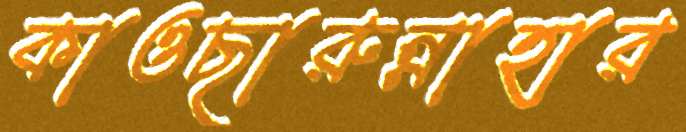
কাওছারুন্নাহার